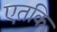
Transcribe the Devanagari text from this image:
एतकि